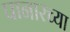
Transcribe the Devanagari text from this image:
पानारच्या